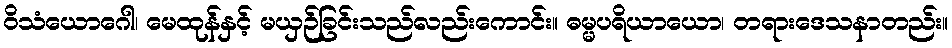
ဝိသံယောဂေါ၊ မေထုန်နှင့် မယှဉ်ခြင်းသည်လည်းကောင်း။ ဓမ္မပရိယာယော၊ တရားဒေသနာတည်း။